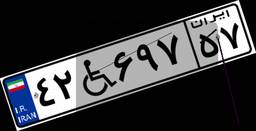
۴۲W۶۹۷۵۷